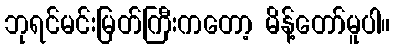
ဘုရင်မင်းမြတ်ကြီးကတော့ မိန့်တော်မူပါ။